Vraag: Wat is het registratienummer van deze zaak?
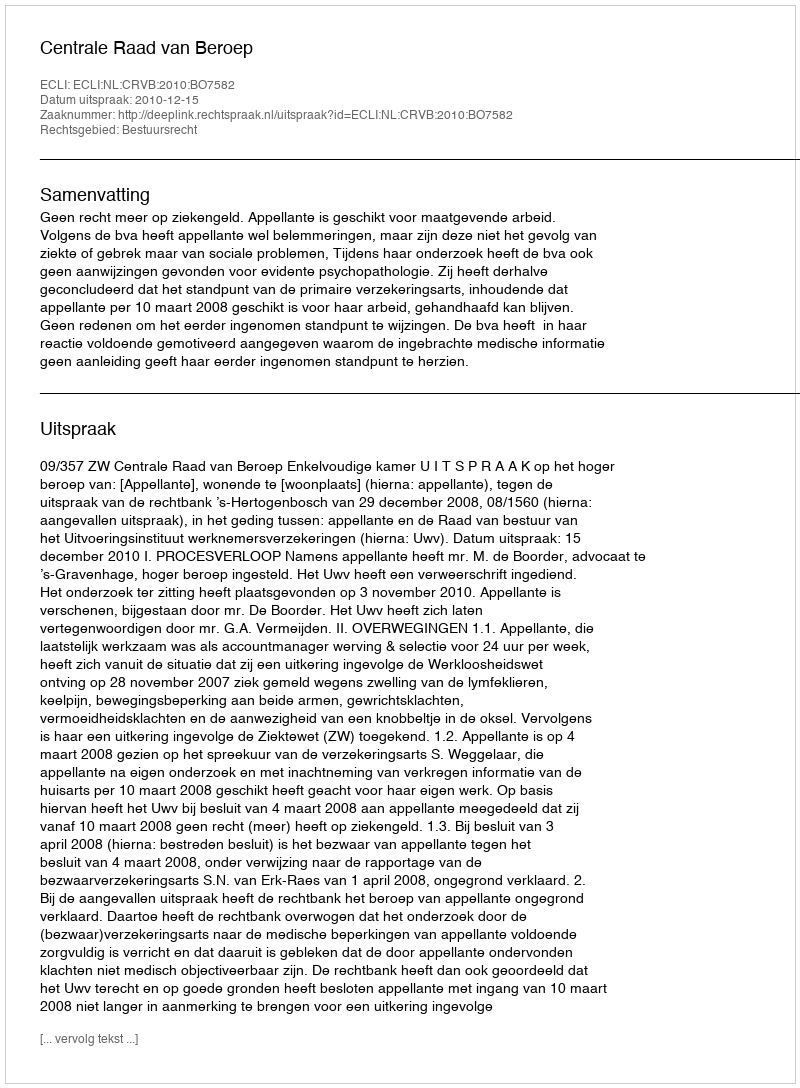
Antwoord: http://deeplink.rechtspraak.nl/uitspraak?id=ECLI:NL:CRVB:2010:BO7582